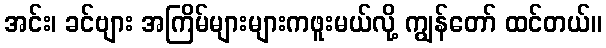
အင်း၊ ခင်ဗျား အကြိမ်များများကဖူးမယ်လို့ ကျွန်တော် ထင်တယ်။